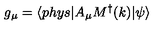
g _ { \mu } = \langle p h y s | A _ { \mu } M ^ { \dagger } ( k ) | \psi \rangle